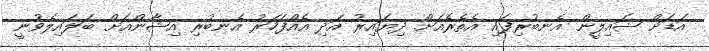
އަޑަށް ޝައިލީން އެނބުރިފައި އެތެރެއަށް ދިޔައިރު އަދި އެއްފަހަރު އެނބުރި އިޝާންއަށް ބަލައިލެވުނީ